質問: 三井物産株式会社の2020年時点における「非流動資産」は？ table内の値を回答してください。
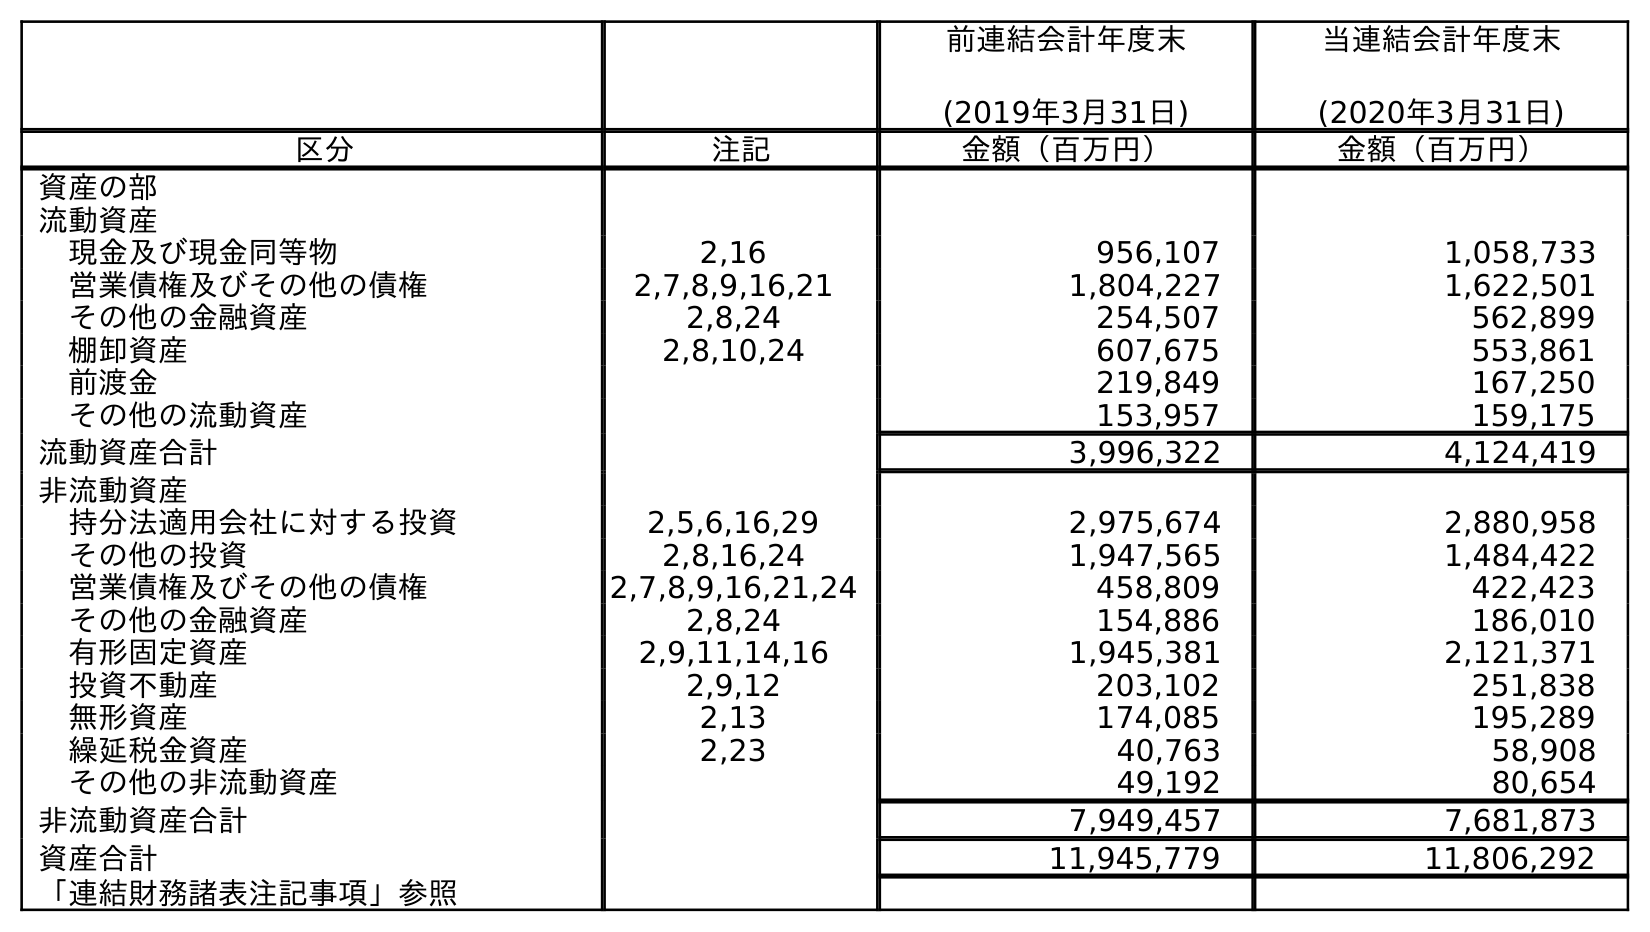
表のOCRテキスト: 前連結会計年度末 (2019年3月31日) 当連結会計年度末 (2020年3月31日) 区分 注記 金額（百万円） 金額（百万円） 資産の部 流動資産 現金及び現金同等物 2,16 956,107 1,058,733 営業債権及びその他の債権 2,7,8,9,16,21 1,804,227 1,622,501 その他の金融資産 2,8,24 254,507 562,899 棚卸資産 2,8,10,24 607,675 553,861 前渡金 219,849 167,250 その他の流動資産 153,957 159,175 流動資産合計 3,996,322 4,124,419 非流動資産 持分法適用会社に対する投資 2,5,6,16,29 2,975,674 2,880,958 その他の投資 2,8,16,24 1,947,565 1,484,422 営業債権及びその他の債権 2,7,8,9,16,21,24 458,809 422,423 その他の金融資産 2,8,24 154,886 186,010 有形固定資産 2,9,11,14,16 1,945,381 2,121,371 投資不動産 2,9,12 203,102 251,838 無形資産 2,13 174,085 195,289 繰延税金資産 2,23 40,763 58,908 その他の非流動資産 49,192 80,654 非流動資産合計 7,949,457 7,681,873 資産合計 11,945,779 11,806,292 「連結財務諸表注記事項」参照
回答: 7,681,873